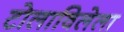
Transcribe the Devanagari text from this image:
टोलाविलेला